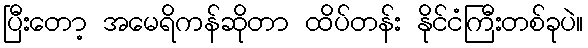
ပြီးတော့ အမေရိကန်ဆိုတာ ထိပ်တန်း နိုင်ငံကြီးတစ်ခုပဲ။